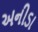
અનીડા